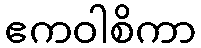
ဧကဝါစိကာ